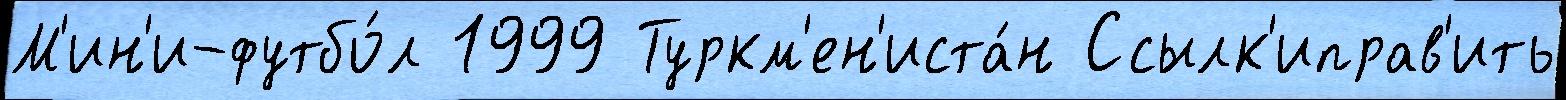
М'ин'и-футбо́л 1999 Туркм'ен'иста́н Ссылк'иправ'ить